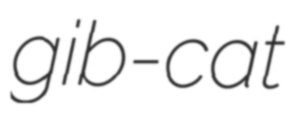
gib-cat